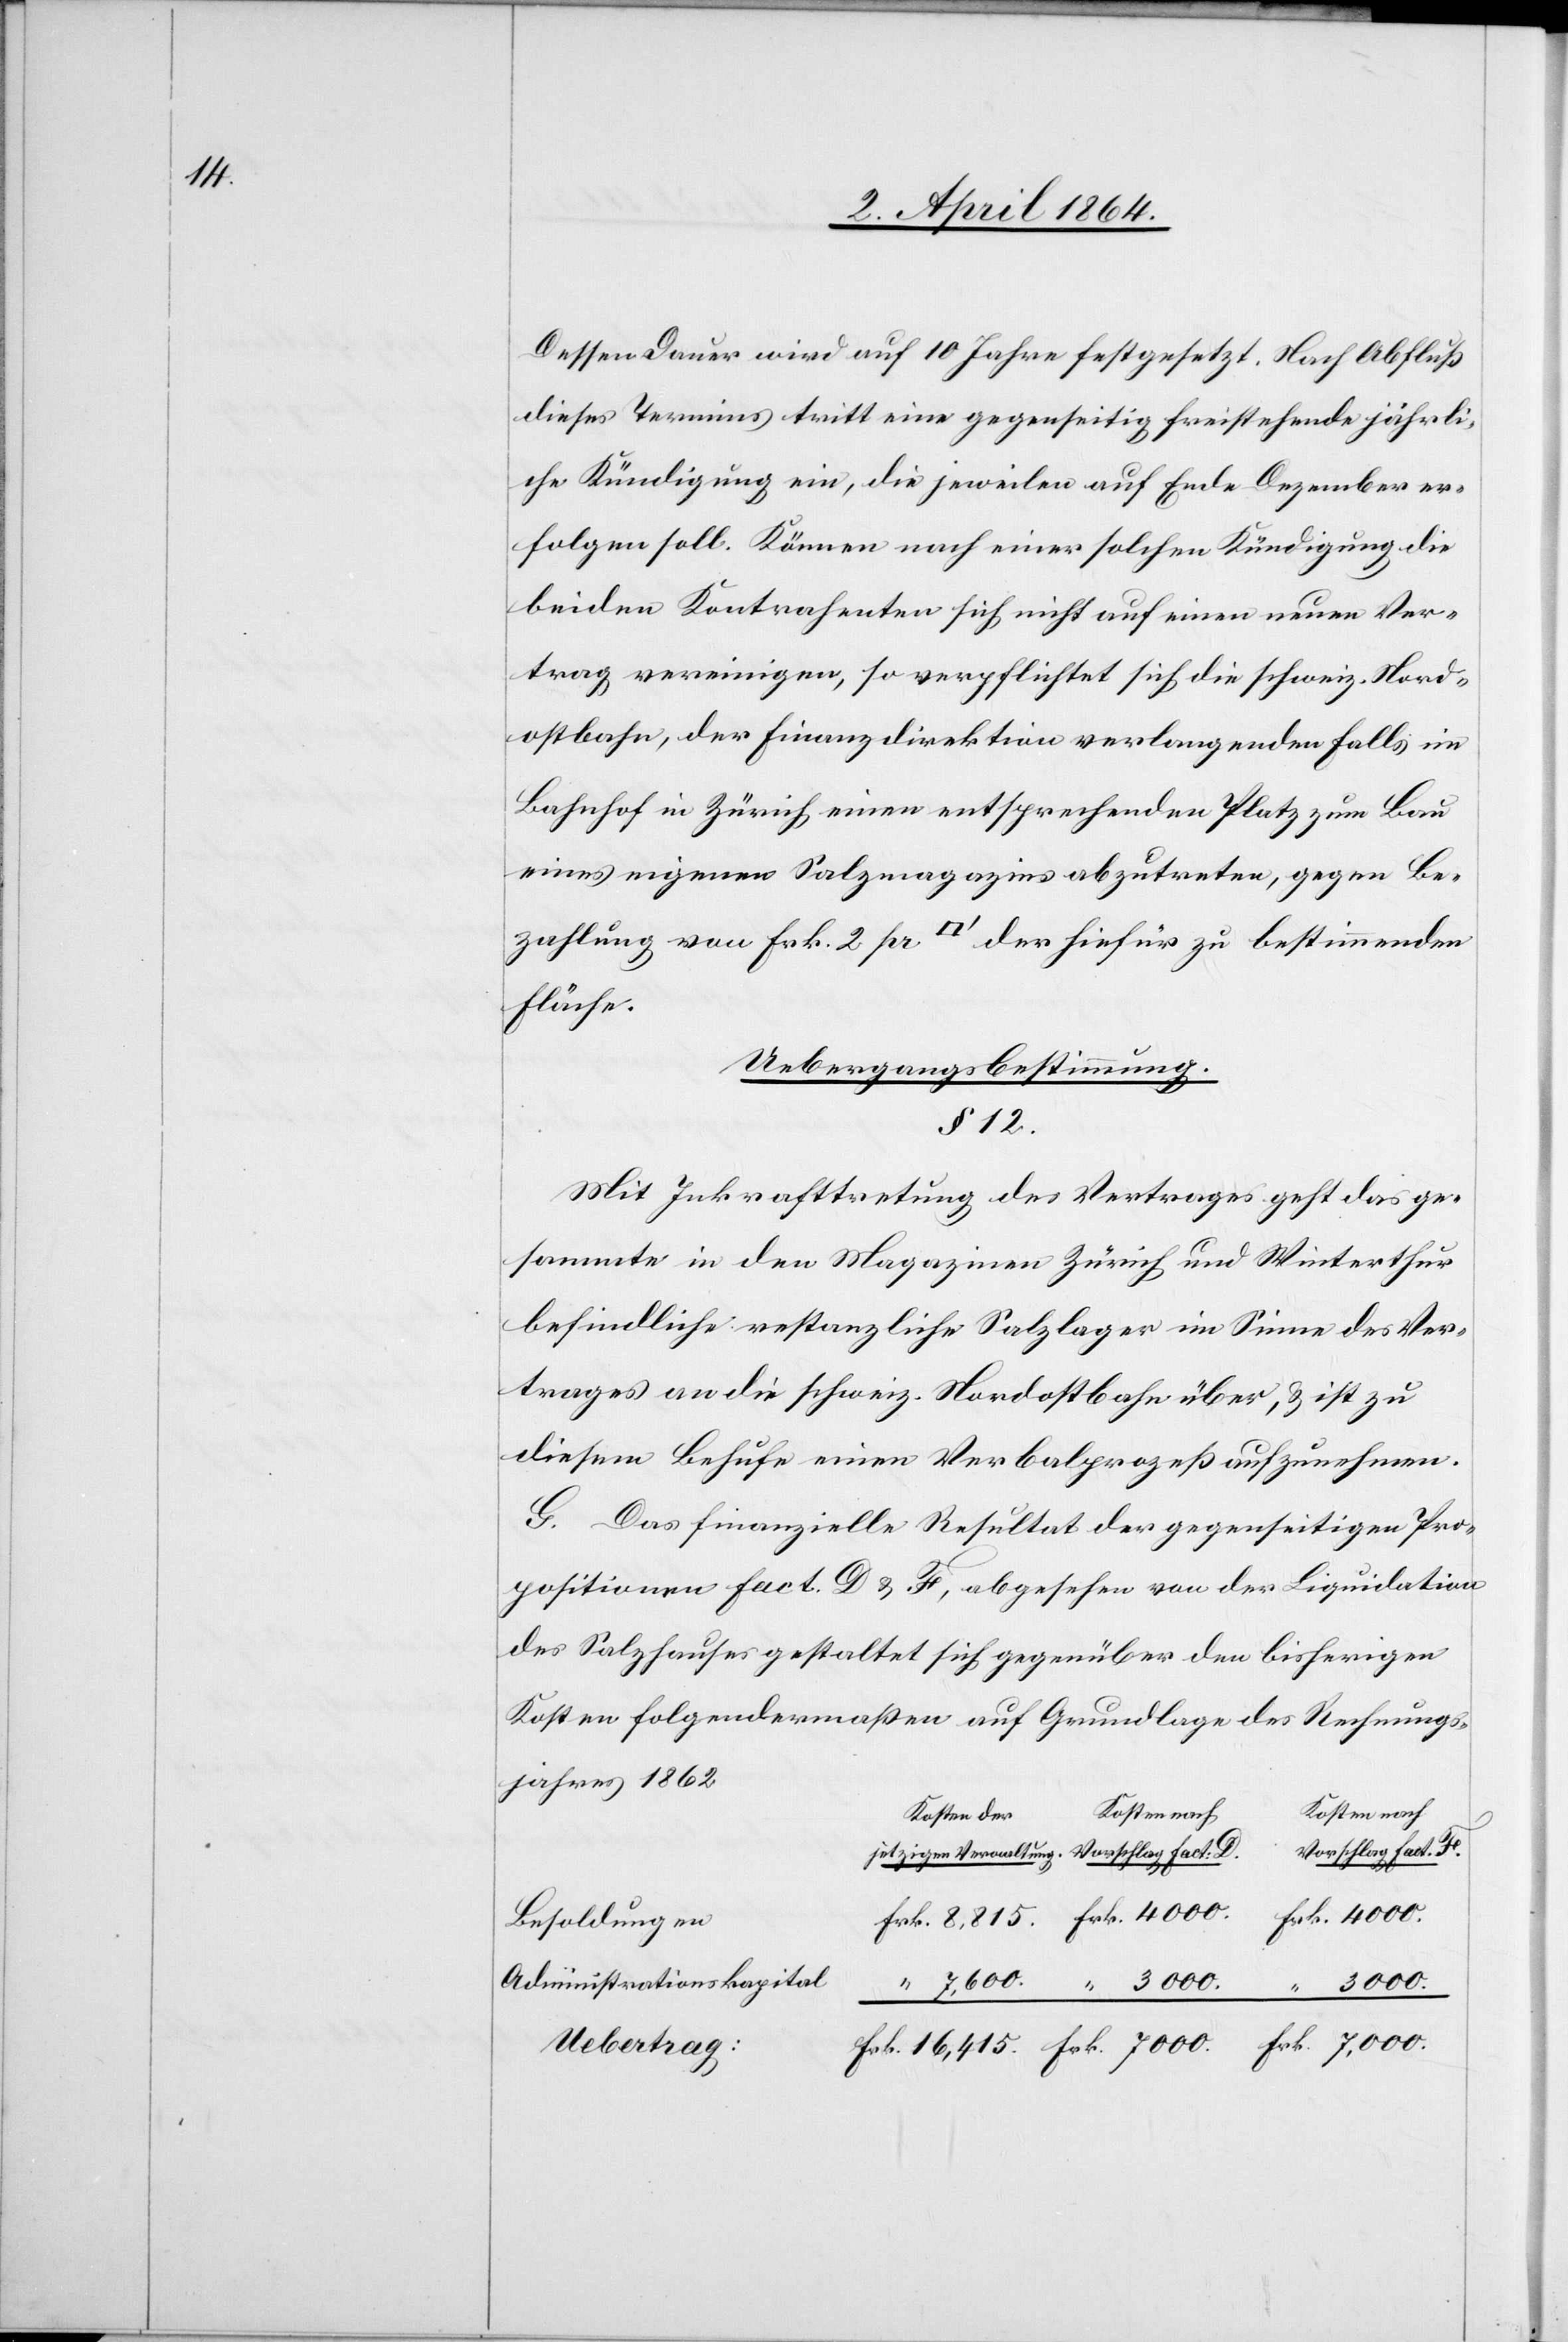
Dessen Dauer wird auf 10 Jahre festgesetzt. Nach Abfluß
dieses Termins tritt eine gegenseitig freistehende jährli¬
che Kündigung ein, die jeweilen auf Ende Dezember er¬
folgen soll. Können nach einer solchen Kündigung die
beiden Kontrahenten sich nicht auf einen neuen Ver¬
trag vereinigen, so verpflichtet sich die schweiz. Nord¬
ostbahn, der Finanzdirektion verlangendenfalls im
Bahnhof in Zürich einen entsprechenden Platz zum Bau
eines eigenen Salzmagazins abzutreten, gegen Be¬
zahlung von Frk. 2 pr [Quadratfuss] der hiefür zu bestimmenden
Fläche.
Uebergangsbestimmung.
§ 12.
Mit Inkrafttretung des Vertrages geht das ge¬
sammte in den Magazinen Zürich und Winterthur
befindliche restanzliche Salzlager im Sinne des Ver¬
trages an die schweiz. Nordostbahn über, u. ist zu
diesem Behufe einen Verbalprozeß aufzunehmen.
G. Das finanzielle Resultat der gegenseitigen Pro¬
positionen fact. D. u. F., abgesehen von der Liquidation
des Salzhauses gestaltet sich gegenüber den bisherigen
Kosten folgendermaßen auf Grundlage des Rechnungs¬
jahres 1862
Kosten nach
Kosten der
Vorschlag fact. F.
Besoldungen
Administrationskapital